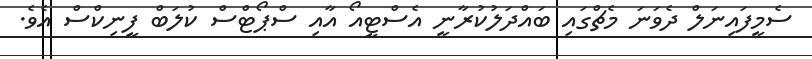
ސެމީފައިނަލް ދެވަނަ މެޗްގައި ބައްދަލުކުރާނީ އެސްޓީއޯ އާއި ސްޕޯޓްސް ކުލަބް ފީނިކްސް އެވެ.